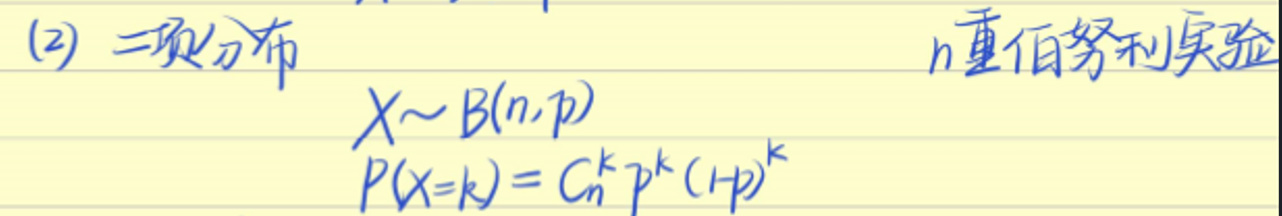
(2) 二项分布 \quad $n$重伯努利实验

\[
X \sim B(n,p)
\]

\[
P(X = k) = C_{n}^{k}p^{k}(1-p)^{k}
\]